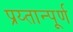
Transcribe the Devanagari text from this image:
प्रय्तान्पूर्ण